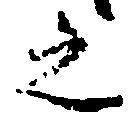
之